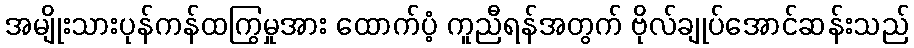
အမျိုးသားပုန်ကန်ထကြွမှုအား ထောက်ပံ့ ကူညီရန်အတွက် ဗိုလ်ချုပ်အောင်ဆန်းသည်